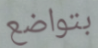
بتواضع